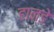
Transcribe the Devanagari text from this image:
हान्डे